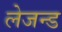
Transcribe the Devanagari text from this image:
लेजन्ड